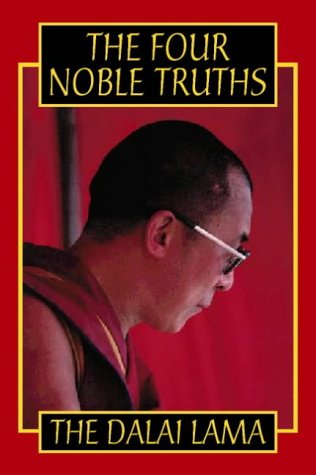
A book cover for The Four Noble Truths; The Dalai Lama; Religion & Spirituality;